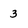
Character: 3